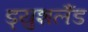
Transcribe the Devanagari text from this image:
ड्युशलैंड